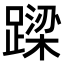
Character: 𨄈